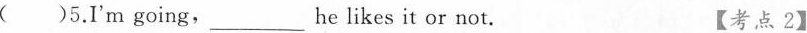
( )5.I'm going,___he likes it or not.【考点2】